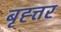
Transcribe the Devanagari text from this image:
बृह्त्तर